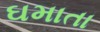
ઘમાતા